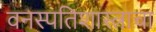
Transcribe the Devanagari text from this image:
वनस्पतिशास्त्राचा